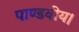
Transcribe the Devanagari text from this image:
पाण्डवीय।